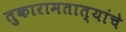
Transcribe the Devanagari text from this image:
तुकारामतात्यांचे